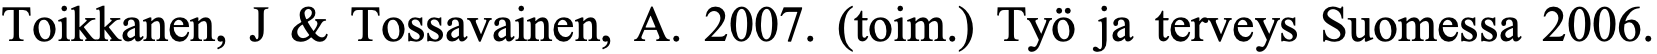
Toikkanen, J & Tossavainen, A. 2007. (toim.) Työ ja terveys Suomessa 2006.